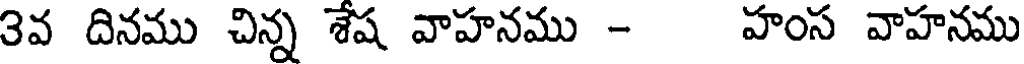
3వ దినము చిన్న శేష వాహనము - హంస వాహనము